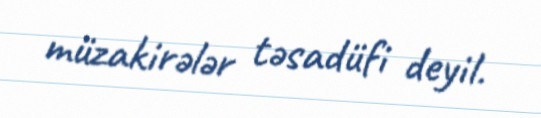
müzakirələr təsadüfi deyil.